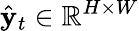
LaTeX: \hat{\mathbf{y}}_{t}\in\mathbb{R}^{H\times W}